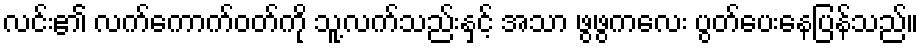
လင်း၏ လက်ကောက်ဝတ်ကို သူ့လက်သည်းနှင့် အသာ ဖွဖွကလေး ပွတ်ပေးနေပြန်သည်။